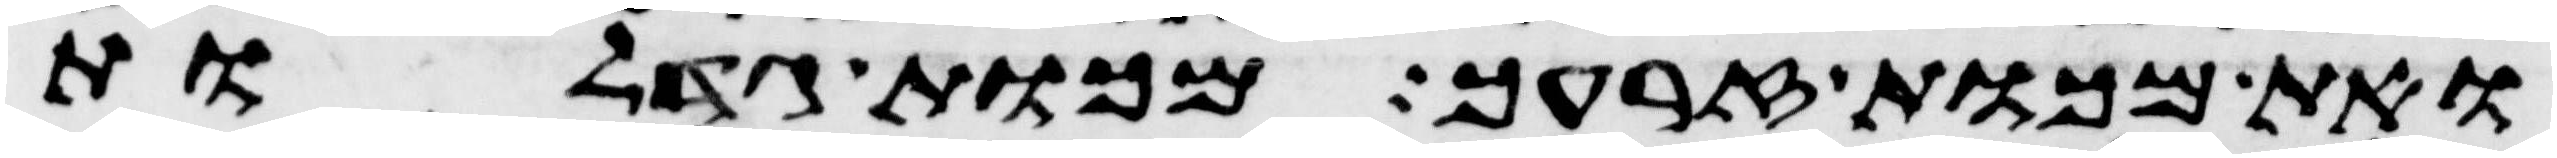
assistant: ואת מכות זרעך מכות גדלות